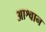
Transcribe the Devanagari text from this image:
आश्वान